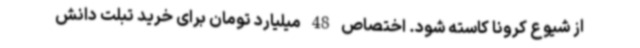
از شیوع کرونا کاسته شود. اختصاص 48 میلیارد تومان برای خرید تبلت دانش